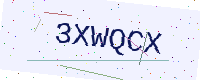
Text: 3XWQCX